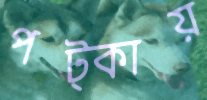
পট্‌কায়